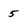
Character: 5